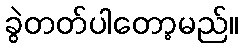
ခွဲတတ်ပါတော့မည်။